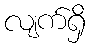
လျက်ရှိ